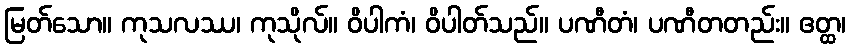
မြတ်သော။ ကုသလဿ၊ ကုသိုလ်။ ဝိပါကံ၊ ဝိပါတ်သည်။ ပဏီတံ၊ ပဏီတတည်း။ ဧတ္ထ၊